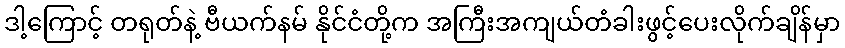
ဒါ့ကြောင့် တရုတ်နဲ့ ဗီယက်နမ် နိုင်ငံတို့က အကြီးအကျယ်တံခါးဖွင့်ပေးလိုက်ချိန်မှာ